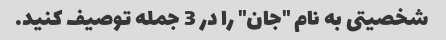
شخصیتی به نام "جان" را در 3 جمله توصیف کنید.